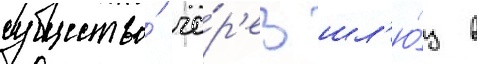
существо́ че́р'ез шл'ю́з в